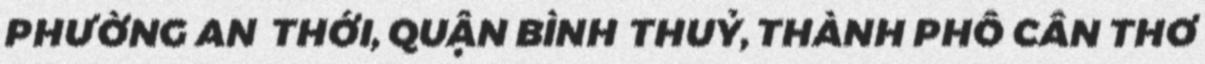
PHƯỜNG AN THỚI, QUẬN BÌNH THUỶ, THÀNH PHỐ CẦN THƠ